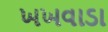
ખખવાડા